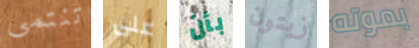
تنتمى على بأن زيتون بموته